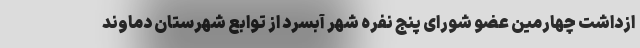
ازداشت چهارمین عضو شورای پنج نفره شهر آبسرد از توابع شهرستان دماوند